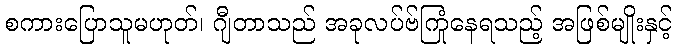
စကားပြောသူမဟုတ်၊ ဂျီတာသည် အခုလပ်ဗ်ကြုံနေရသည့် အဖြစ်မျိုးနှင့်